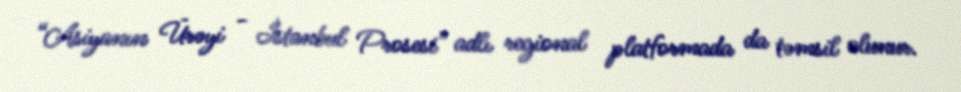
“Asiyanın Ürəyi - İstanbul Prosesi” adlı regional platformada da təmsil olunur.